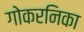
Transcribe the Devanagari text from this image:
गोकरनिका